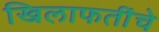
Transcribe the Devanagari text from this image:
खिलाफतींचे